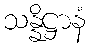
သန္နိဋ္ဌာနံ